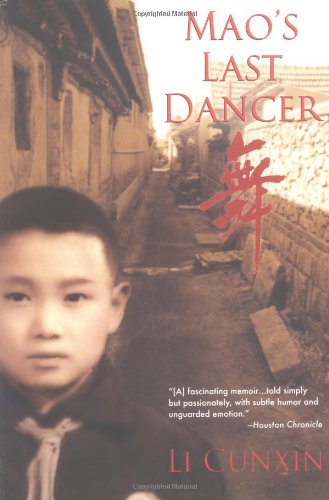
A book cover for Mao's Last Dancer; Li Cunxin; Biographies & Memoirs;